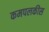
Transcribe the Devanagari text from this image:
कमपलकीस